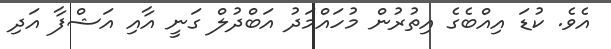
އެވެ. ކުޑަ އިއްބެގެ އިތުރުން މުހައްމަދު އަބްދުލް ގަނީ އާއި އަޝްފާ އަދި